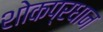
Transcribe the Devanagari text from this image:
शोकप्रधान